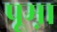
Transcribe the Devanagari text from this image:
पूम़ा